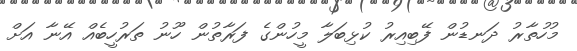
މުހުތާރު ދަނޑުން ފޭބިއިރު ކުޅިބަލާ މީހުންގެ ފަރާތުން ހޫނު ތަރުހީބެއް އޭނާ އަށް